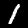
Label: 1